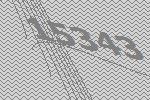
15343